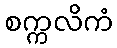
စက္ကလိကံ